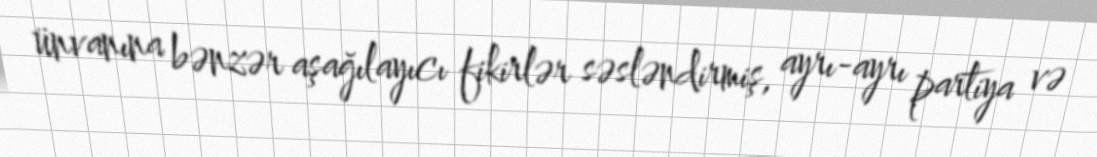
ünvanına bənzər aşağılayıcı fikirlər səsləndirmiş, ayrı-ayrı partiya və